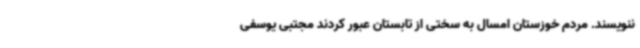
ننویسند. مردم خوزستان امسال به سختی از تابستان عبور کردند مجتبی یوسفی